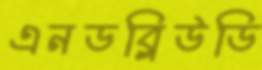
এনডব্লিউডি